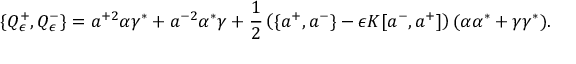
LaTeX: \{ Q _ { \epsilon } ^ { + } , Q _ { \epsilon } ^ { - } \} = a ^ { + 2 } \alpha \gamma ^ { * } + a ^ { - 2 } \alpha ^ { * } \gamma + \frac { 1 } { 2 } \left( \{ a ^ { + } , a ^ { - } \} - \epsilon K [ a ^ { - } , a ^ { + } ] \right) ( \alpha \alpha ^ { * } + \gamma \gamma ^ { * } ) .